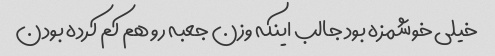
خیلی خوشمزه بود جالب اینکه وزن جعبه رو هم کم کرده بودن